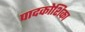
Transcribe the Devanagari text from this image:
पादकोशिका